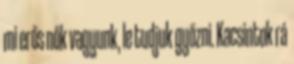
mi erős nők vagyunk, le tudjuk győzni. Kacsintok rá